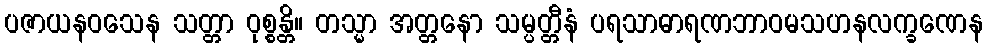
ပဇာယနဝသေန သတ္တာ ဝုစ္စန္တိ။ တသ္မာ အတ္တနော သမ္ပတ္တီနံ ပရသာဓာရဏဘာဝမသဟနလက္ခဏေန